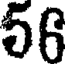
56